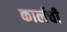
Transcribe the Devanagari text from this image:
कार्लची